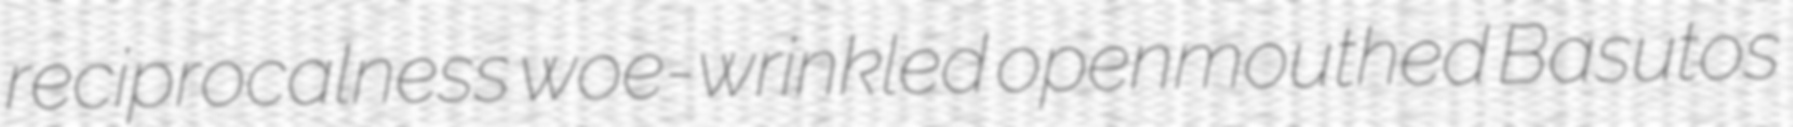
reciprocalness woe-wrinkled openmouthed Basutos